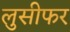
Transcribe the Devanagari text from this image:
लुसीफर